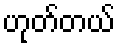
ဟုတ်တယ်